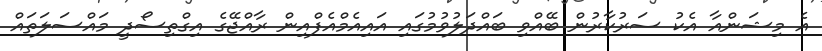
އެ މިޝަންއާ އެކު ސަރުކާރުން ބޭއްވި ބައްދަލުވުމުގައި އައިއެމްއެފްއިން ރާއްޖޭގެ އިގްތިސޯދީ މައްސަލަތައް